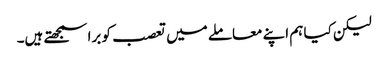
لیکن کیا ہم اپنے معاملے میں تعصب کو برا سمجھتے ہیں۔